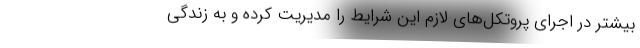
بیشتر در اجرای پروتکل‌های لازم این شرایط را مدیریت کرده و به زندگی